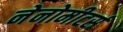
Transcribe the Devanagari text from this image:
नेनोमीटर्स